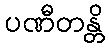
ပဏီတန္တိ